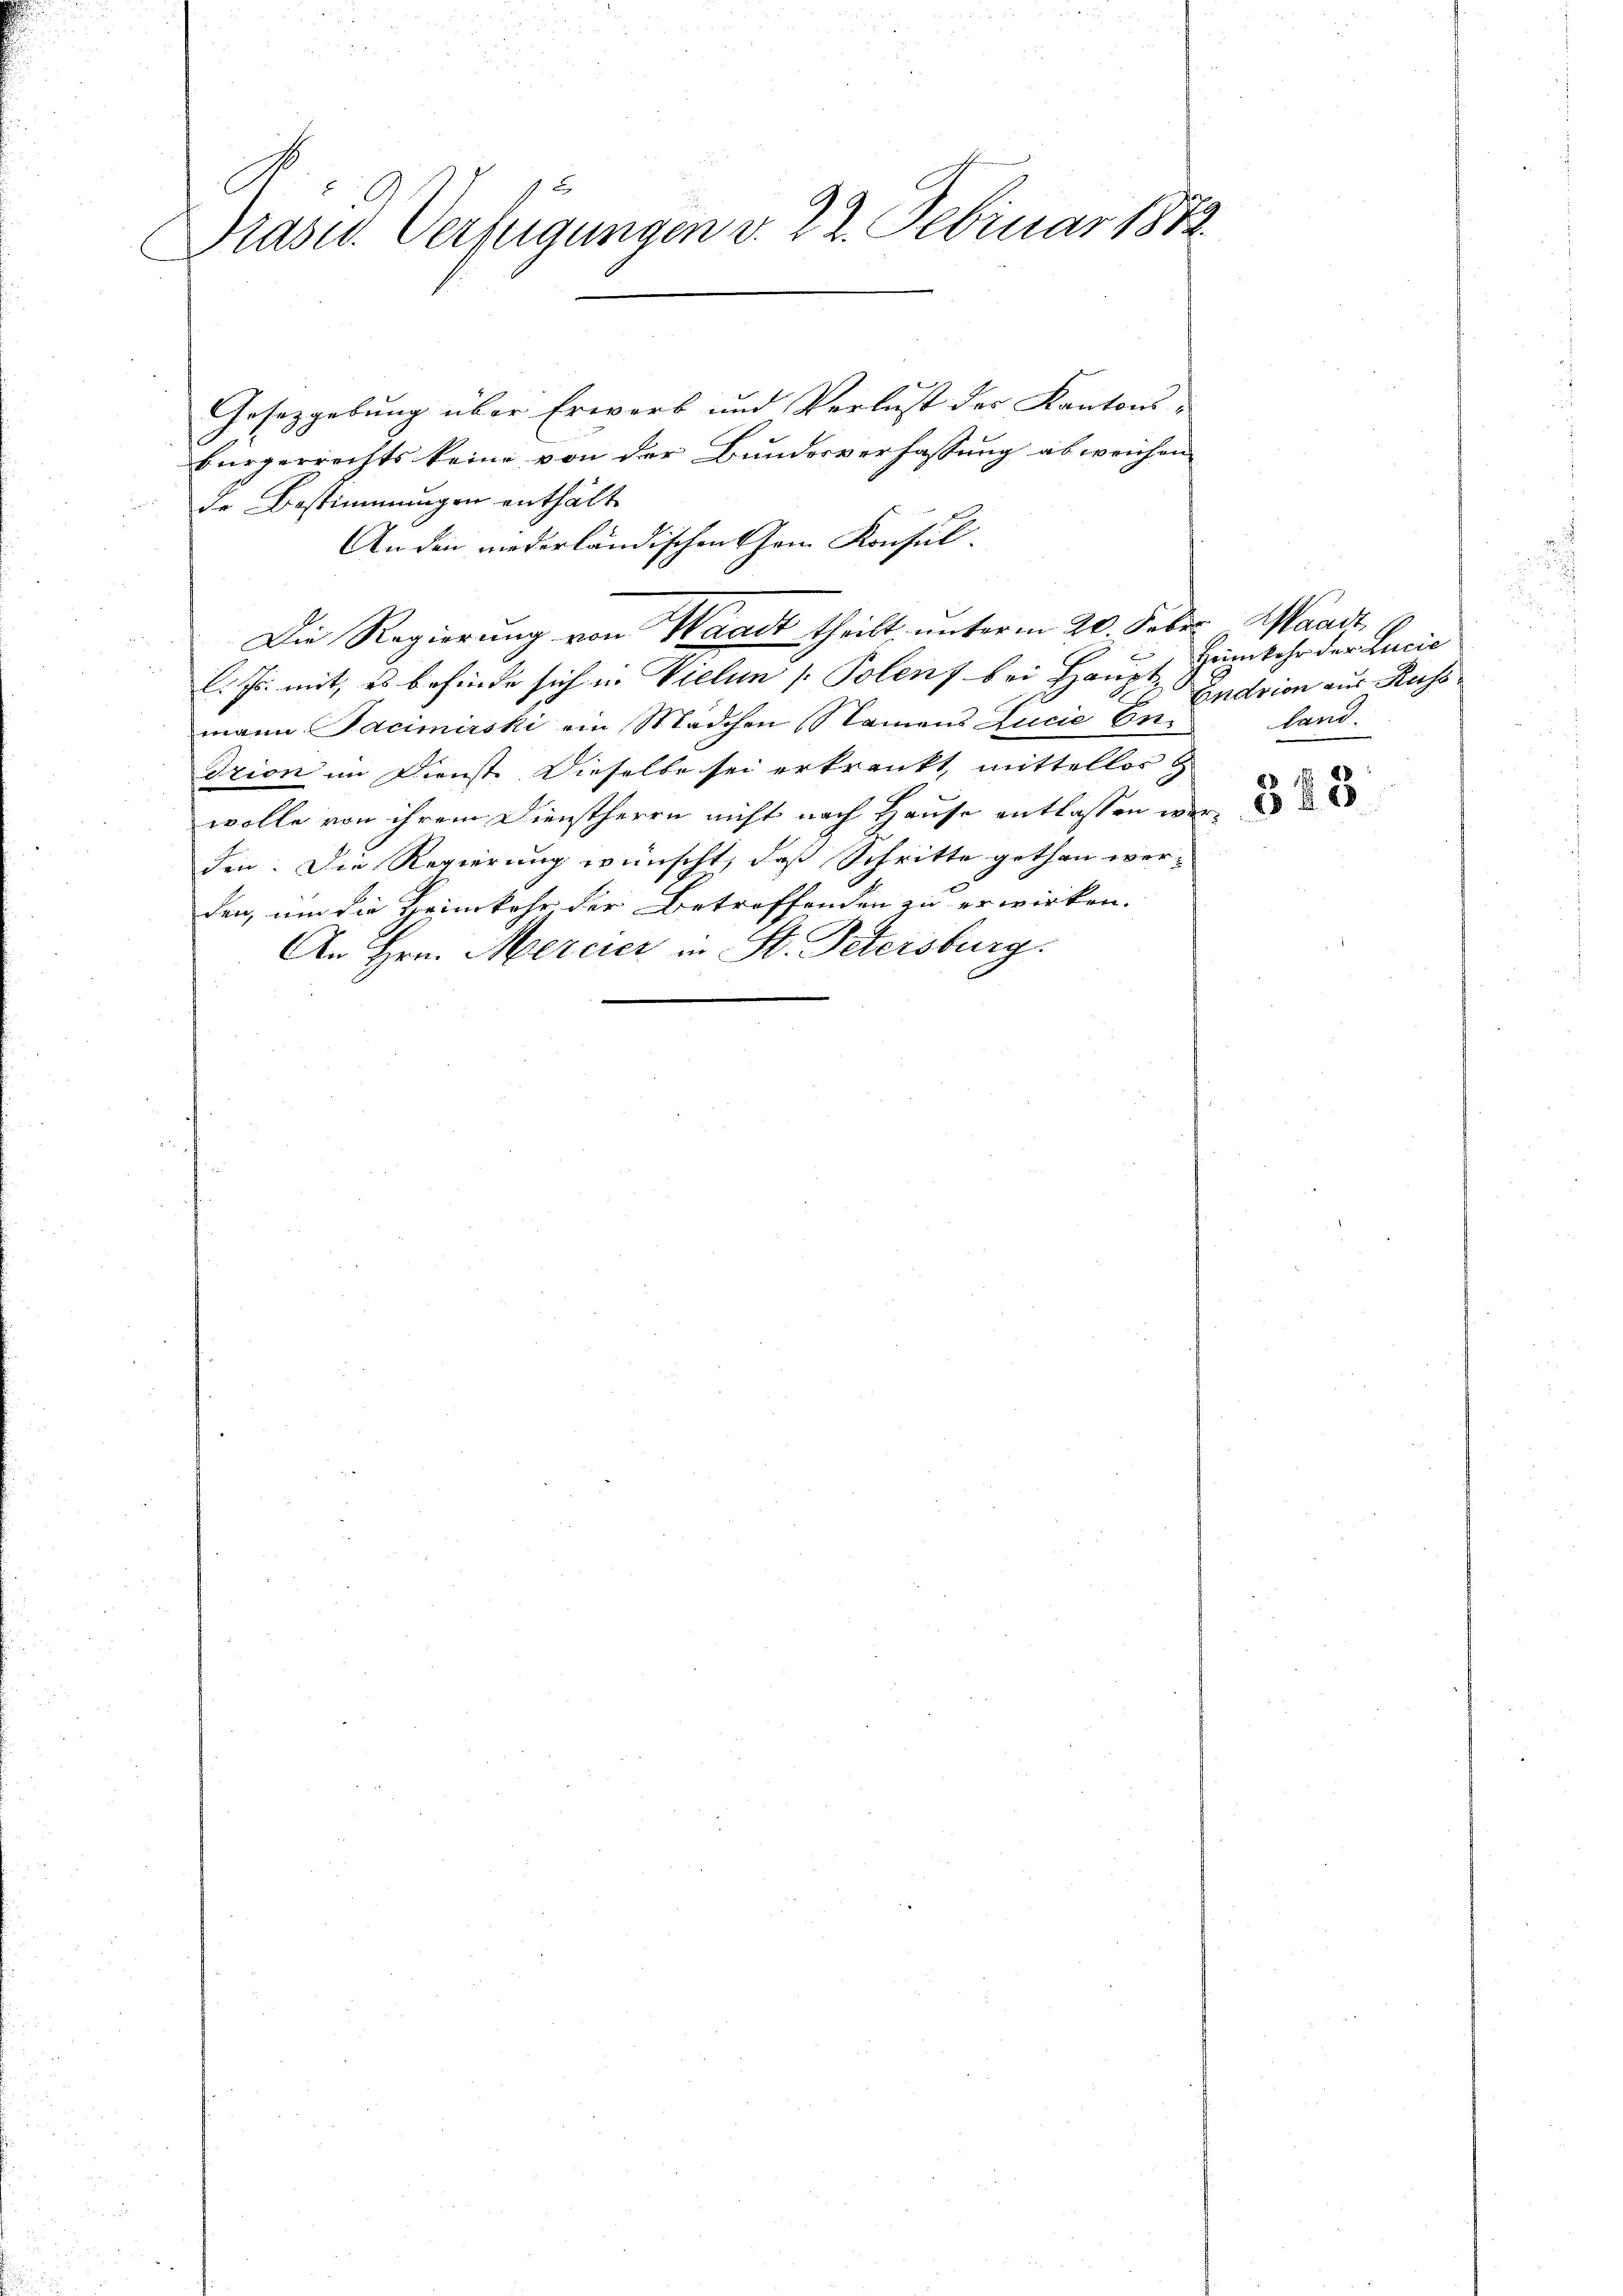
C
1 x
Präsid.. Verfügungen v. 22. Februar 1872.

Gesetzgebung über Erwerb und Verlust der Kantons-
bürgerrechts keine von der Bundesverfassung abweichen
de Bestimmungen enthält
An den niederländischen Cham Konsul-
Die Regierung von Waadt theilt, unterm 20. Febr. Waadt,
l. Js. mit, es befinde sich in Vielen Polen, bei Haupt Humkehr der Lucie
mann Facimirski ein Mädchen Namens Lucie Endzion im Dienst Dieselbe sei erkrankt, mittellos
wolle von ihrem Dienstherrn nicht nach Hause entlassen werden. Die Regierung wünscht, daß Schritte gethan wer-
den, um die Heimkehr, der Betroffenden zu erwirken.
An Hrn. Mercier in St. Petersburg

Endrion aus Kuss
land.

343